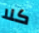
كلا